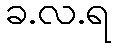
ခ.လ.ရ